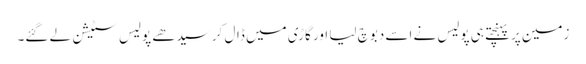
زمین پر پہنچتے ہی پولیس نے اسے دبوچ لیا اور گاڑی میں ڈال کر سیدھے پولیس سٹیشن لے گئے۔